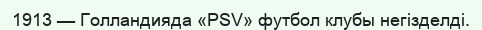
1913 — Голландияда «PSV» футбол клубы негізделді.